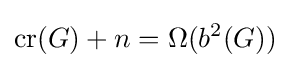
\operatorname {cr} (G)+n=\Omega (b^{2}(G))